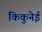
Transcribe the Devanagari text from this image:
किकुनेई